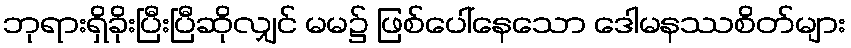
ဘုရားရှိခိုးပြီးပြီဆိုလျှင် မမ၌ ဖြစ်ပေါ်နေသော ဒေါမနဿစိတ်များ